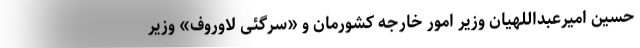
حسین امیرعبداللهیان وزیر امور خارجه کشورمان و «سرگئی لاوروف» وزیر